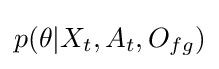
p(\theta |X_{t},A_{t},O_{fg})